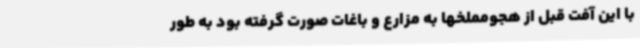
با این آفت قبل از هجومملخها به مزارع و باغات صورت گرفته بود به طور